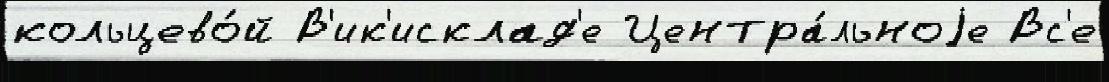
кольцево́й В'ик'исклад'е Центра́льноjе Вс'е